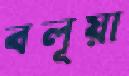
বলূয়া